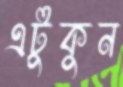
এটুকুন